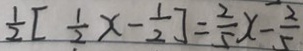
\frac { 1 } { 2 } [ \frac { 1 } { 2 } x - \frac { 1 } { 2 } ] = \frac { 2 } { 5 } x - \frac { 2 } { 5 }